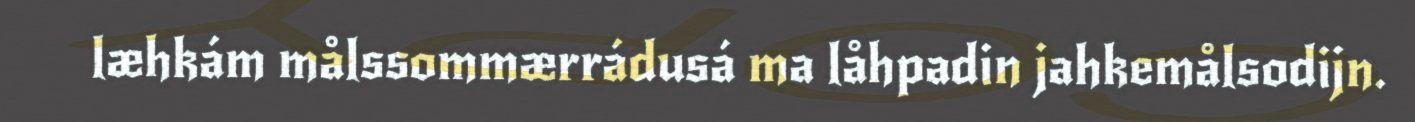
læhkám målssommærrádusá ma låhpadin jahkemålsodijn.